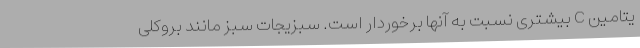
یتامین C بیشتری نسبت به آنها برخوردار است. سبزیجات سبز مانند بروکلی